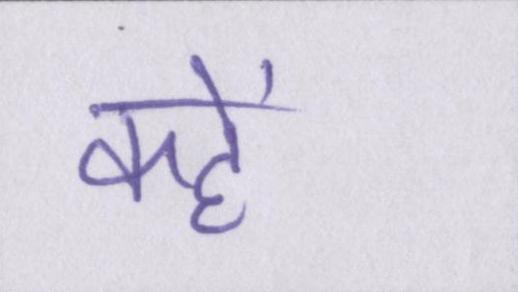
कहें